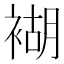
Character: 𧛞